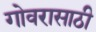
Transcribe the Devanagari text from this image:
गोवरासाठी